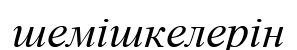
шемішкелерін